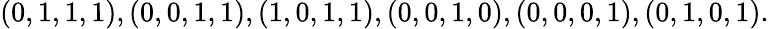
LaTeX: (0,1,1,1),(0,0,1,1),(1,0,1,1),(0,0,1,0),(0,0,0,1),(0,1,0,1).